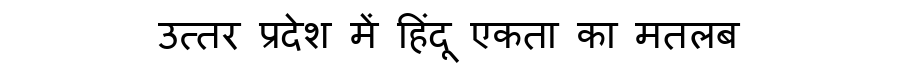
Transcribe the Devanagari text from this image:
उत्तर प्रदेश में हिंदू एकता का मतलब